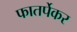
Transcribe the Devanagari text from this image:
फातर्पेकर